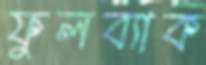
ফুলব্যাক